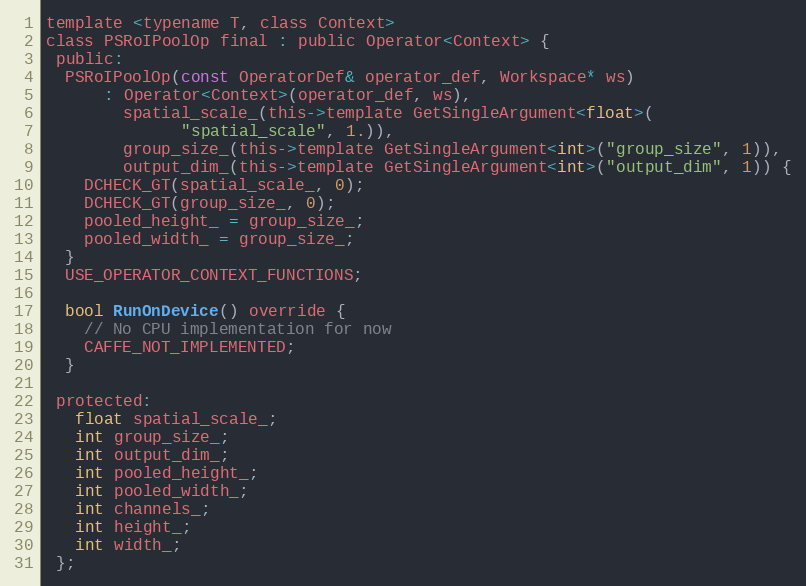
Language: C
template <typename T, class Context>
class PSRoIPoolOp final : public Operator<Context> {
 public:
  PSRoIPoolOp(const OperatorDef& operator_def, Workspace* ws)
      : Operator<Context>(operator_def, ws),
        spatial_scale_(this->template GetSingleArgument<float>(
              "spatial_scale", 1.)),
        group_size_(this->template GetSingleArgument<int>("group_size", 1)),
        output_dim_(this->template GetSingleArgument<int>("output_dim", 1)) {
    DCHECK_GT(spatial_scale_, 0);
    DCHECK_GT(group_size_, 0);
    pooled_height_ = group_size_;
    pooled_width_ = group_size_;
  }
  USE_OPERATOR_CONTEXT_FUNCTIONS;

  bool RunOnDevice() override {
    // No CPU implementation for now
    CAFFE_NOT_IMPLEMENTED;
  }

 protected:
   float spatial_scale_;
   int group_size_;
   int output_dim_;
   int pooled_height_;
   int pooled_width_;
   int channels_;
   int height_;
   int width_;
 };